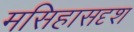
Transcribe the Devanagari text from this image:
मसिहासदृश